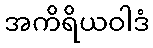
အကိရိယဝါဒံ